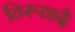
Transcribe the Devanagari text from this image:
तिरुरङदै